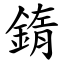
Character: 䤻